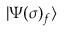
| \Psi ( \sigma ) _ { f } \rangle